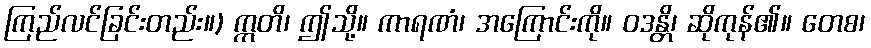
ကြည်လင်ခြင်းတည်း။) ဣတိ၊ ဤသို့။ ကာရဏံ၊ အကြောင်းကို။ ဝဒန္တိ၊ ဆိုကုန်၏။ တေစ၊